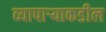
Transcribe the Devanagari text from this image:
व्यापाऱ्याकडील